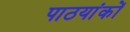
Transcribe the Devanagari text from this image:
पाठयांकों